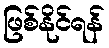
ဖြစ်နိုင်ရန်